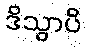
ဒိသွာပိ